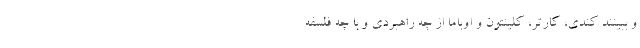
و ببینند کندی، کارتر، کلینتون و اوباما از چه راهبردی و با چه فلسفه